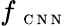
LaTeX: f_{\mathrm{~\scriptsize~C~N~N~}}